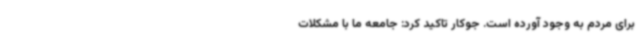
برای مردم به وجود آورده است. جوکار تاکید کرد: جامعه ما با مشکلات